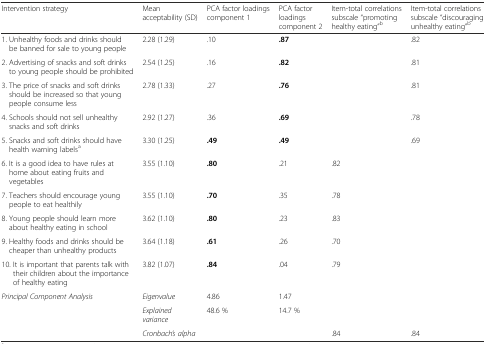
<table><thead><tr><td><b>Intervention strategy</b></td><td><b>Mean acceptability (SD)</b></td><td><b>PCA factor loadings component 1</b></td><td><b>PCA factor loadings component 2</b></td><td><b>Item-total correlations subscale “promoting healthy eating”<sup>b</sup></b></td><td><b>Item-total correlations subscale “discouraging unhealthy eating”<sup>b</sup></b></td></tr></thead><tbody><tr><td>1. Unhealthy foods and drinks should be banned for sale to young people</td><td>2.28 (1.29)</td><td>.10</td><td><b>.87</b></td><td></td><td>.82</td></tr><tr><td>2. Advertising of snacks and soft drinks to young people should be prohibited</td><td>2.54 (1.25)</td><td>.16</td><td><b>.82</b></td><td></td><td>.81</td></tr><tr><td>3. The price of snacks and soft drinks should be increased so that young people consume less</td><td>2.78 (1.33)</td><td>.27</td><td><b>.76</b></td><td></td><td>.81</td></tr><tr><td>4. Schools should not sell unhealthy snacks and soft drinks</td><td>2.92 (1.27)</td><td>.36</td><td><b>.69</b></td><td></td><td>.78</td></tr><tr><td>5. Snacks and soft drinks should have health warning labels<sup>a</sup></td><td>3.30 (1.25)</td><td><b>.49</b></td><td><b>.49</b></td><td></td><td>.69</td></tr><tr><td>6. It is a good idea to have rules at home about eating fruits and vegetables</td><td>3.55 (1.10)</td><td><b>.80</b></td><td>.21</td><td>.82</td><td></td></tr><tr><td>7. Teachers should encourage young people to eat healthily</td><td>3.55 (1.10)</td><td><b>.70</b></td><td>.35</td><td>.78</td><td></td></tr><tr><td>8. Young people should learn more about healthy eating in school</td><td>3.62 (1.10)</td><td><b>.80</b></td><td>.23</td><td>.83</td><td></td></tr><tr><td>9. Healthy foods and drinks should be cheaper than unhealthy products</td><td>3.64 (1.18)</td><td><b>.61</b></td><td>.26</td><td>.70</td><td></td></tr><tr><td>10. It is important that parents talk with their children about the importance of healthy eating</td><td>3.82 (1.07)</td><td><b>.84</b></td><td>.04</td><td>.79</td><td></td></tr><tr><td rowspan="2"><i>Principal Component Analysis</i></td><td><i>Eigenvalue</i></td><td>4.86</td><td>1.47</td><td></td><td></td></tr><tr><td><i>Explained variance</i></td><td>48.6 %</td><td>14.7 %</td><td></td><td></td></tr><tr><td></td><td><i>Cronbach’s alpha</i></td><td></td><td></td><td>.84</td><td>.84</td></tr></tbody></table>